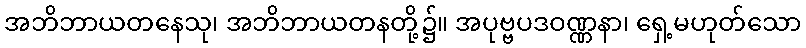
အဘိဘာယတနေသု၊ အဘိဘာယတနတို့၌။ အပုဗ္ဗပဒဝဏ္ဏနာ၊ ရှေ့မဟုတ်သော